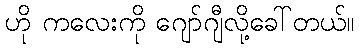
ဟို ကလေးကို ဂျော်ဂျီလို့ခေါ်တယ်။